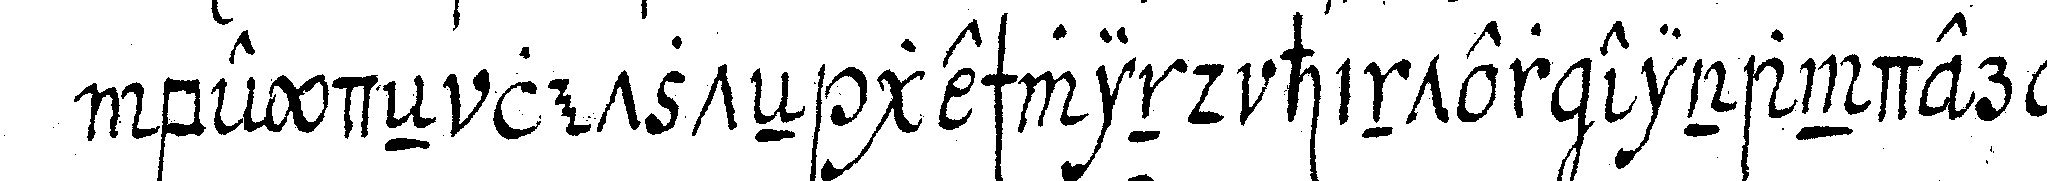
beydeN letzteN geschwind hinter einander